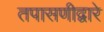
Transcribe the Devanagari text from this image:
तपासणीद्वारे